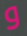
و